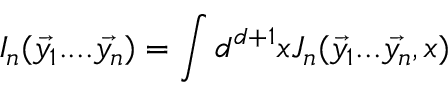
I _ { n } ( \vec { y _ { 1 } } . . . . \vec { y _ { n } } ) = \int d ^ { d + 1 } x J _ { n } ( \vec { y _ { 1 } } . . . \vec { y _ { n } } , x )